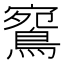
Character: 𪂦